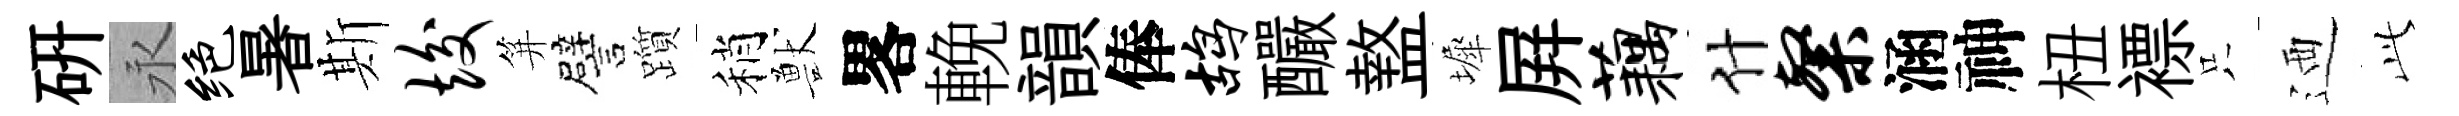
硏永绝暑斯竣笄譬躓稍獸畧輓韻俸鸪釅盩墀屛藕什粲涵神杻褾只迺𬼘